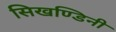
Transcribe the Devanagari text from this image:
सिखण्डिनी